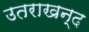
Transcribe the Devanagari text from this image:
उतराखन्द